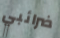
ضرائبي